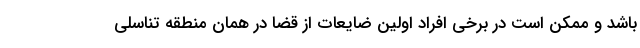
باشد و ممکن است در برخی افراد اولین ضایعات از قضا در همان منطقه تناسلی